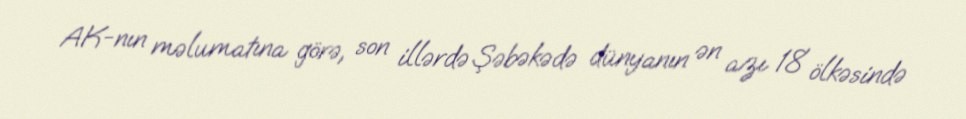
AK-nın məlumatına görə, son illərdə Şəbəkədə dünyanın ən azı 18 ölkəsində